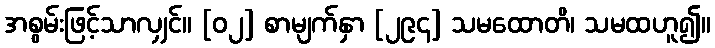
အစွမ်းဖြင့်သာလျှင်။ [၀၂] စာမျက်နှာ [၂၉၄] သမထောတိ၊ သမထဟူ၍။